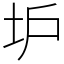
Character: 𡉴